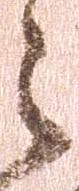
々